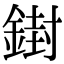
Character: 𨩥